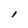
Character: l